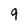
Character: q